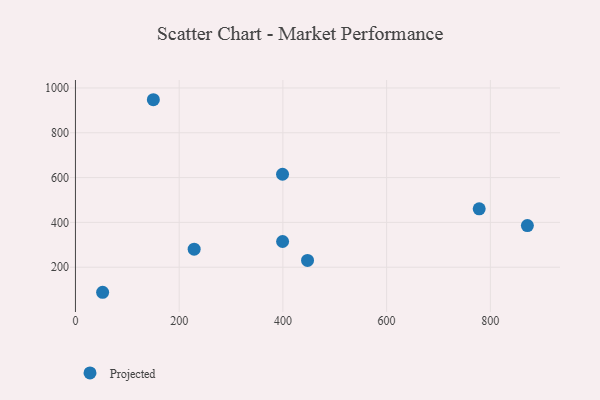
{"axis": {"x": "Study Hours", "y": "Exam Score"}, "legend": ["Projected"], "data": [{"x": "399.3", "y": 614.8, "type": "Projected"}, {"x": "52.4", "y": 88.2, "type": "Projected"}, {"x": "228.9", "y": 280.7, "type": "Projected"}, {"x": "447.5", "y": 230.3, "type": "Projected"}, {"x": "871.4", "y": 385.9, "type": "Projected"}, {"x": "778.5", "y": 460.7, "type": "Projected"}, {"x": "150.2", "y": 947.4, "type": "Projected"}, {"x": "399.4", "y": 314.7, "type": "Projected"}]}